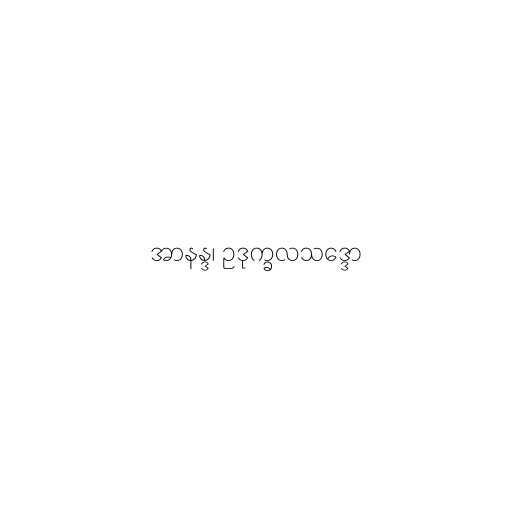
အာနန္ဒ၊ ဥဒုက္ခလသဒ္ဒော